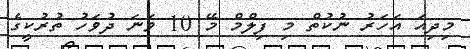
މިދިއަ އަހަރު ނުކުތް މި ފިލްމް މޭ 10 ވަނަ ދުވަހު ތުރުކީގެ